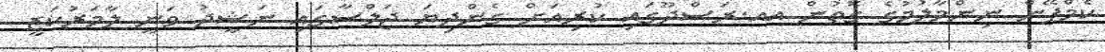
ކެމްޕޭން ނިންމާލުމުގެ ގޮތުން އއ.ރަސްދޫގައި ކުރިއަށް ގެންދިޔަ ޖަލްސާގައި ނަޝީދު ވަނީ ލާމަރުކަޒީ